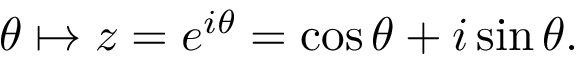
\theta \mapsto z = e ^ { i \theta } = \cos \theta + i \sin \theta .